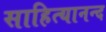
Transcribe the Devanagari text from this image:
साहित्यानन्द